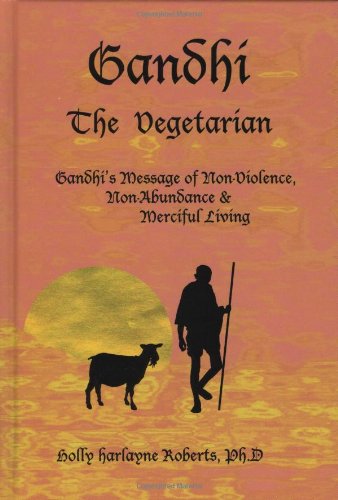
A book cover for Gandhi The Vegetarian; Holly Harlayne Roberts; Religion & Spirituality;